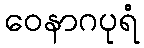
ဝေနာဂပုရံ